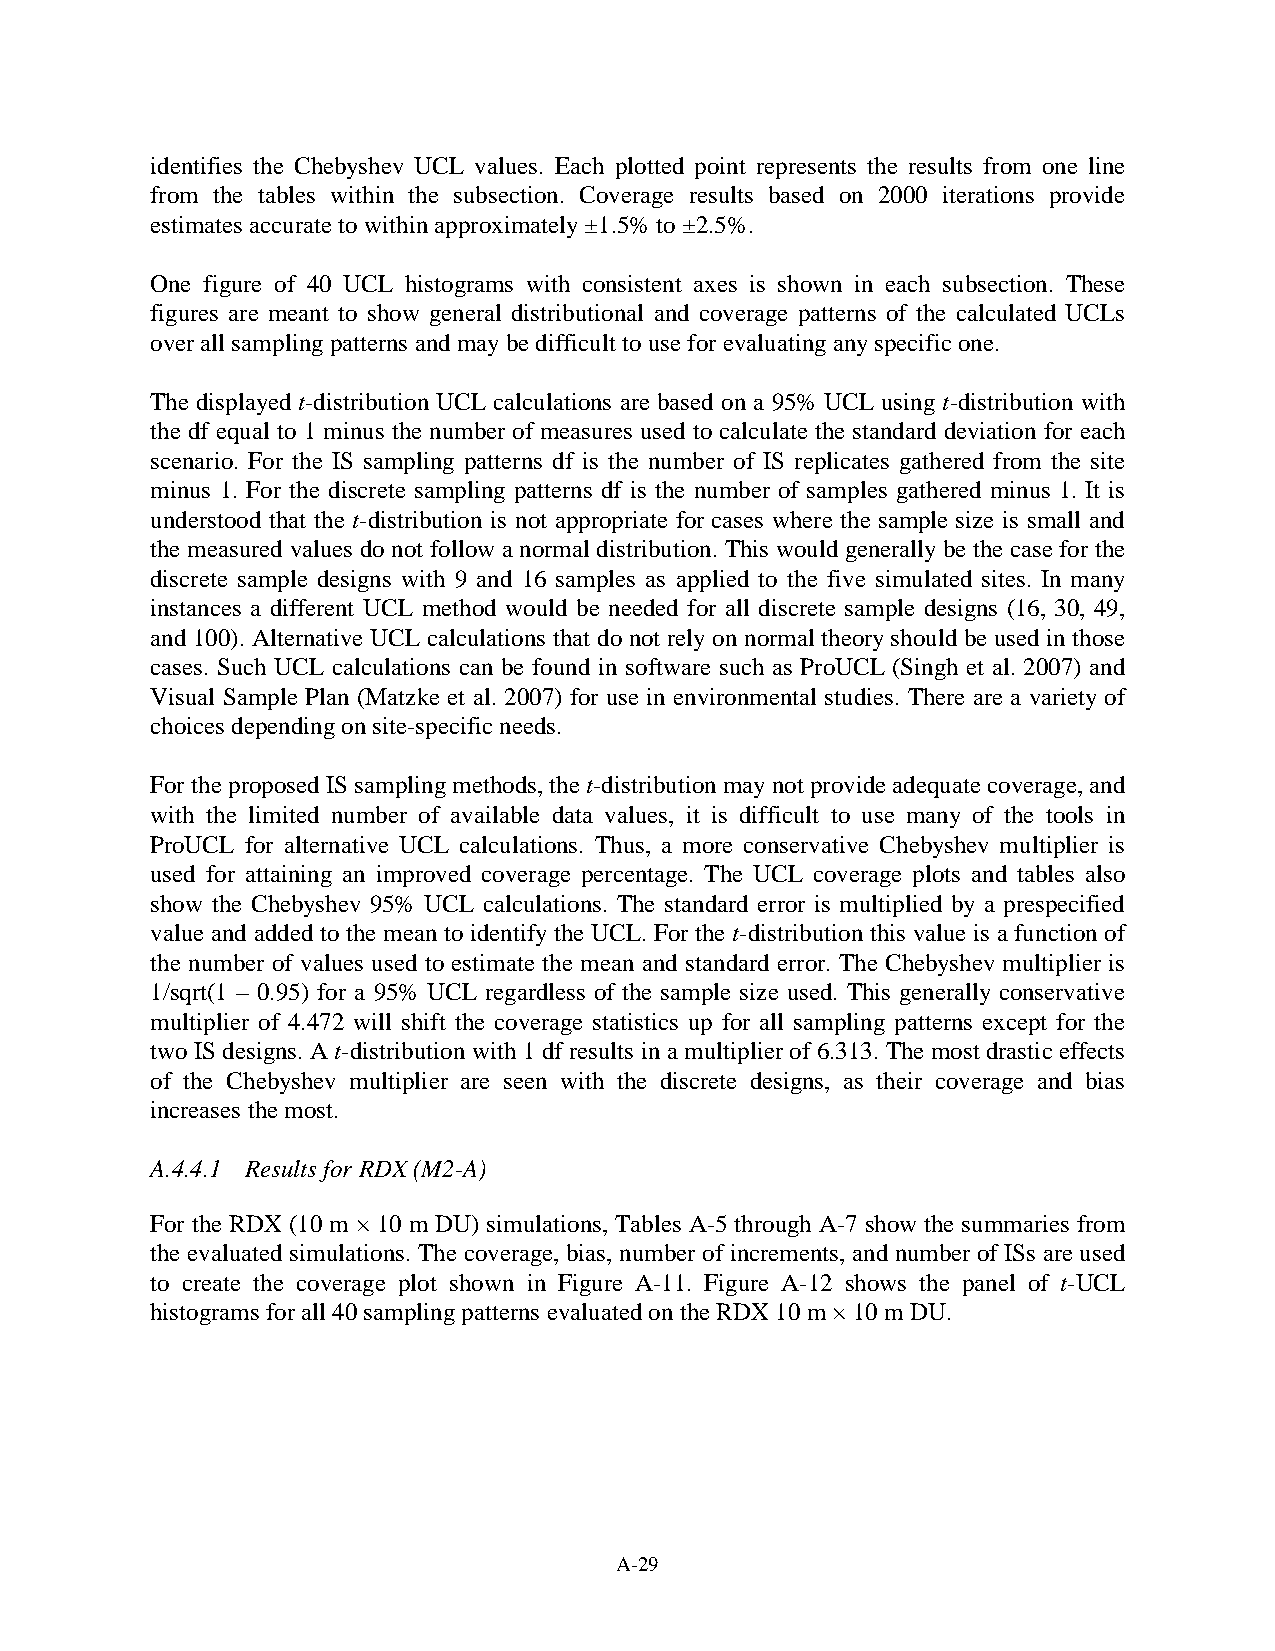
identifies the Chebyshev UCL values. Each plotted point represents the results from one line
 from the tables within the subsection. Coverage results based on 2000 iterations provide
 estimates accurate to within approximately ±1.5% to ±2.5%.
 One figure of 40 UCL histograms with consistent axes is shown in each subsection. These
 figures are meant to show general distributional and coverage patterns of the calculated UCLs
 over all sampling patterns and may be difficult to use for evaluating any specific one.
 The displayed t-distribution UCL calculations are based on a 95% UCL using t-distribution with
 the df equal to 1 minus the number of measures used to calculate the standard deviation for each
 scenario. For the IS sampling patterns df is the number of IS replicates gathered from the site
 minus 1. For the discrete sampling patterns df is the number of samples gathered minus 1. It is
 understood that the t-distribution is not appropriate for cases where the sample size is small and
 the measured values do not follow a normal distribution. This would generally be the case for the
 discrete sample designs with 9 and 16 samples as applied to the five simulated sites. In many
 instances a different UCL method would be needed for all discrete sample designs (16, 30, 49,
 and 100). Alternative UCL calculations that do not rely on normal theory should be used in those
 cases. Such UCL calculations can be found in software such as ProUCL (Singh et al. 2007) and
 Visual Sample Plan (Matzke et al. 2007) for use in environmental studies. There are a variety of
 choices depending on site-specific needs.
 For the proposed IS sampling methods, the t-distribution may not provide adequate coverage, and
 with the limited number of available data values, it is difficult to use many of the tools in
 ProUCL for alternative UCL calculations. Thus, a more conservative Chebyshev multiplier is
 used for attaining an improved coverage percentage. The UCL coverage plots and tables also
 show the Chebyshev 95% UCL calculations. The standard error is multiplied by a prespecified
 value and added to the mean to identify the UCL. For the t-distribution this value is a function of
 the number of values used to estimate the mean and standard error. The Chebyshev multiplier is
 1/sqrt(1 – 0.95) for a 95% UCL regardless of the sample size used. This generally conservative
 multiplier of 4.472 will shift the coverage statistics up for all sampling patterns except for the
 two IS designs. A t-distribution with 1 df results in a multiplier of 6.313. The most drastic effects
 of the Chebyshev multiplier are seen with the discrete designs, as their coverage and bias
 increases the most.
 A.4.4.1 Results for RDX (M2-A)
 For the RDX (10 m × 10 m DU) simulations, Tables A-5 through A-7 show the summaries from
 the evaluated simulations. The coverage, bias, number of increments, and number of ISs are used
 to create the coverage plot shown in Figure A-11. Figure A-12 shows the panel of t-UCL
 histograms for all 40 sampling patterns evaluated on the RDX 10 m × 10 m DU.
 A-29